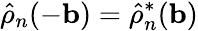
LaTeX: \hat{\rho}_{n}(-\mathbf{b})=\hat{\rho}_{n}^{*}(\mathbf{b})